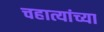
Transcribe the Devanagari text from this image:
चहात्यांच्या